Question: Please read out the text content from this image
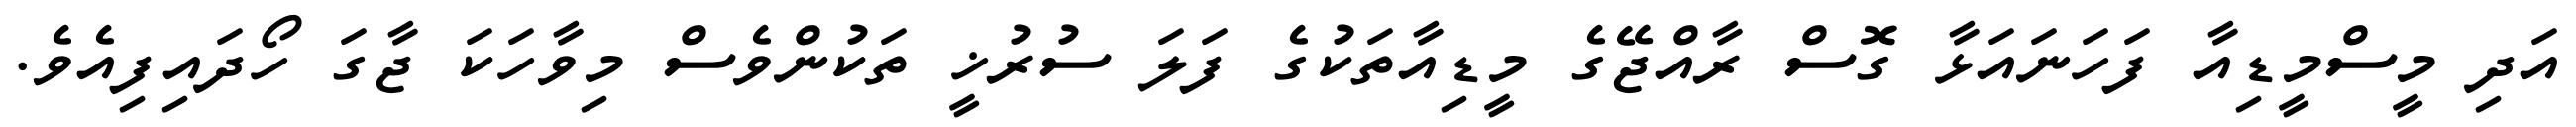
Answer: އަދި މީސްމީޑިއާ ފަހަނައަޅާ ގޮސް ރާއްޖޭގެ މީޑިއާތަކުގެ ފަލަ ސުރުޚީ ތަކުންވެސް މިވާހަކަ ޖާގަ ހޯދައިފިއެވެ.